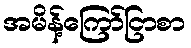
အမိန့်ကြော်ငြာစာ